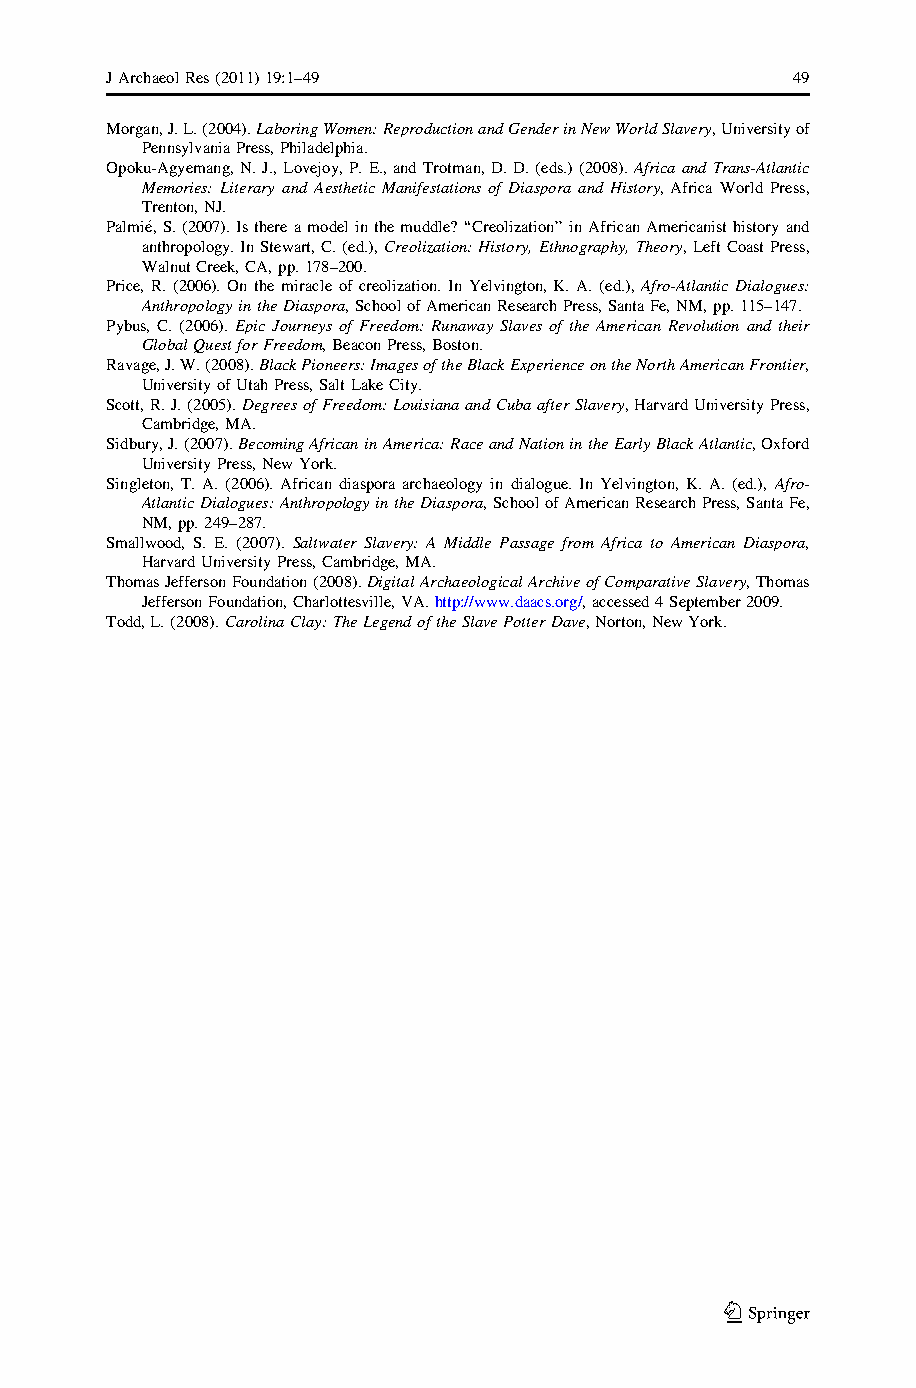
JArchaeolRes(2011)19:1–49                    49
 Morgan,J.L.(2004).LaboringWomen:ReproductionandGenderinNewWorldSlavery,Universityof
 PennsylvaniaPress,Philadelphia.
 Opoku-Agyemang,N.J.,Lovejoy,P.E.,andTrotman,D.D.(eds.) (2008).AfricaandTrans-Atlantic
 Memories: Literary and Aesthetic Manifestations of Diaspora and History, Africa World Press,
 Trenton,NJ.
 Palmie´,S.(2007).Isthereamodelinthemuddle?‘‘Creolization’’inAfricanAmericanisthistoryand
 anthropology.InStewart,C.(ed.),Creolization:History,Ethnography,Theory,LeftCoastPress,
 WalnutCreek,CA,pp.178–200.
 Price, R. (2006). On the miracle of creolization. In Yelvington, K. A. (ed.), Afro-Atlantic Dialogues:
 AnthropologyintheDiaspora,SchoolofAmericanResearchPress,SantaFe,NM,pp.115–147.
 Pybus, C. (2006). Epic Journeys of Freedom: Runaway Slaves of the American Revolution and their
 GlobalQuestforFreedom,BeaconPress,Boston.
 Ravage,J.W.(2008).BlackPioneers:ImagesoftheBlackExperienceontheNorthAmericanFrontier,
 UniversityofUtahPress,SaltLakeCity.
 Scott,R.J.(2005).DegreesofFreedom:LouisianaandCubaafterSlavery,HarvardUniversityPress,
 Cambridge,MA.
 Sidbury,J.(2007).BecomingAfricaninAmerica:RaceandNationintheEarlyBlackAtlantic,Oxford
 UniversityPress,NewYork.
 Singleton, T. A. (2006). African diaspora archaeology in dialogue. In Yelvington, K. A. (ed.), Afro-
 AtlanticDialogues:AnthropologyintheDiaspora,SchoolofAmericanResearchPress,SantaFe,
 NM,pp.249–287.
 Smallwood, S. E. (2007). Saltwater Slavery: A Middle Passage from Africa to American Diaspora,
 HarvardUniversityPress,Cambridge,MA.
 ThomasJeffersonFoundation(2008).DigitalArchaeologicalArchiveofComparativeSlavery,Thomas
 JeffersonFoundation,Charlottesville,VA.http://www.daacs.org/,accessed4September2009.
 Todd,L.(2008).CarolinaClay:TheLegendoftheSlavePotterDave,Norton,NewYork.
 123